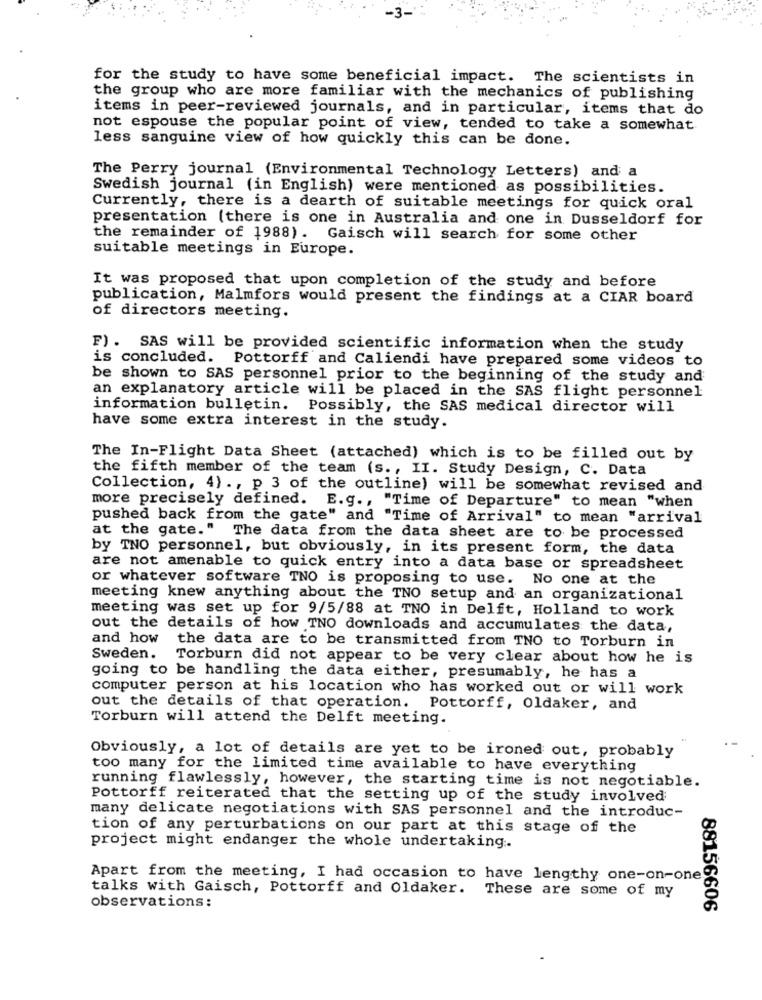
-3-
for the study to have some beneficial impact. The scientists in
the group who are more familiar with the mechanics of publishing
items in peer-reviewed journals, and in particular, items that do
not espouse the popular point of view, tended to take a somewhat.
less sanguine view of how quickly this can be done.
The Perry journal (Environmental Technology Letters) and a
Swedish journal (in English) were mentioned as possibilities.
Currently, there is a dearth of suitable meetings for quick oral
presentation (there is one in Australia and one in Dusseldorf for
the remainder of 1988). Gaisch will search for some other
suitable meetings in Europe.
It was proposed that upon completion of the study and before
publication, Malmfors would present the findings at a CIAR board
of directors meeting.
F). SAS will be provided scientific information when the study
is concluded. Pottorff and Caliendi have prepared some videos to
be shown to SAS personnel prior to the beginning of the study and
an explanatory article will be placed in the SAS flight personnel
information bulletin. Possibly, the SAS medical director will
have some extra interest in the study.
The In-Flight Data Sheet (attached) which is to be filled out by
the fifth member of the team (s ., II. Study Design, C. Data
Collection, 4) ., p 3 of the outline) will be somewhat revised and
more precisely defined. E.g ., "Time of Departure" to mean "when
pushed back from the gate" and "Time of Arrival" to mean "arrival
at the gate." The data from the data sheet are to be processed
by TNO personnel, but obviously, in its present form, the data
are not amenable to quick entry into a data base or spreadsheet
or whatever software TNO is proposing to use. No one at the
meeting knew anything about the TNO setup and an organizational
meeting was set up for 9/5/88 at TNO in Delft, Holland to work
out the details of how TNO downloads and accumulates the data,
and how
the data are to be transmitted from TNO to Torburn in
Sweden.
Torburn did not appear to be very clear about how he is
going to be handling the data either, presumably, he has a
computer person at his location who has worked out or will work
out the details of that operation. Pottorff, Oldaker, and
Torburn will attend the Delft meeting.
Obviously, a lot of details are yet to be ironed out, probably
too many for the limited time available to have everything
running flawlessly, however, the starting time is not negotiable.
Pottorff reiterated that the setting up of the study involved
many delicate negotiations with SAS personnel and the introduc-
tion of any perturbations on our part at this stage of the
project might endanger the whole undertaking ..
Apart from the meeting, I had occasion to have lengthy one-on-one
talks with Gaisch, Pottorff and Oldaker. These are some of my
observations:
88156606